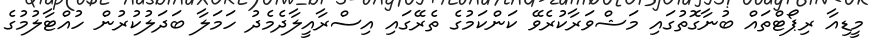
މީޑިއާ ރިޕޯޓްތައް ބުނާގޮތުގައި މަޝްވަރާކުރެވޭ ކަންކަމުގެ ތެރޭގައި އިސްރާއީލާދެމެދު ހަމަލާ ބަދަލުކުުރުން ހުއްޓާލުމުގެ